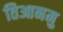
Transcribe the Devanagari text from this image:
तिआनमु